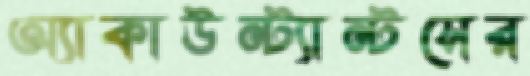
অ্যাকাউন্ট্যান্টসের